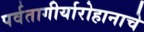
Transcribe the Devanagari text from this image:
पर्वतागीर्यारोहानाचे